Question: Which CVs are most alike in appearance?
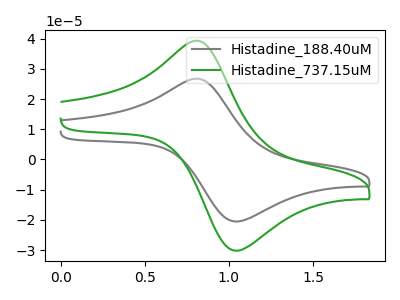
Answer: <think>The gray curve "Histadine_188.40uM" has an anodic peak at (0.80V, 26.75uA) and a cathodic peak at (1.05V, -20.55uA). The green curve "Histadine_737.15uM" has an anodic peak at (0.80V, 39.30uA) and a cathodic peak at (1.05V, -30.20uA).
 All the peaks in "Histadine_188.40uM" have a peak in "Histadine_737.15uM" at the same potential. Every peak in "Histadine_188.40uM" is lower than every peak in "Histadine_737.15uM".</think>
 <answer>"Histadine_188.40uM" and "Histadine_737.15uM" have the same shape and are likely CV's of the same chemical.</answer>
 <eval>"Histadine_188.40uM" "Histadine_737.15uM"</eval>